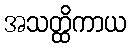
အသတ္ထိကာယ